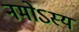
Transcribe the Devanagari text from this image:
नमोऽस्य